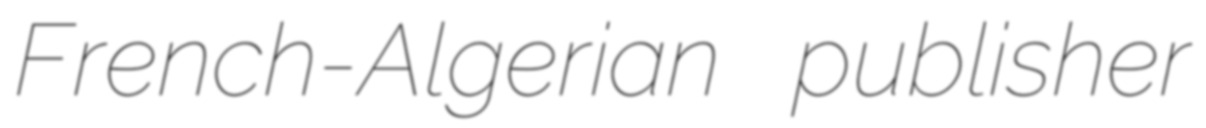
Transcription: French-Algerian publisher